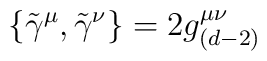
\{ \tilde{\gamma}^{\mu},\tilde{\gamma}^{\nu} \}=2g^{\mu\nu}_{(d-2)}